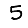
Digit: 5